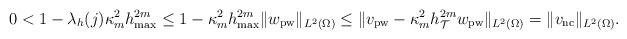
LaTeX: \begin{align*}0<1-\lambda_h(j)\kappa_{m}^2 h_{\max}^{2{m}}\le 1-\kappa_{m}^2 h_{\max}^{2m} \Vert w_{\mathrm{pw}}\Vert_{L^2(\Omega)} \le \Vert v_{\mathrm{pw}}- \kappa_{m}^2h_{\mathcal{T}}^{2m}w_{\mathrm{pw}}\Vert_{L^2(\Omega)}=\Vert v_{\mathrm{nc}}\Vert_{L^2(\Omega)}.\end{align*}